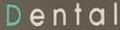
Dental